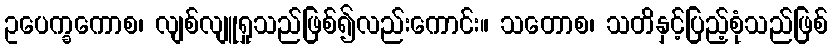
ဥပေက္ခကောစ၊ လျစ်လျူရှုသည်ဖြစ်၍လည်းကောင်း။ သတောစ၊ သတိနှင့်ပြည့်စုံသည်ဖြစ်